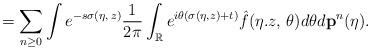
LaTeX: \begin{align*} = \sum_{n\geq 0 } \int e^{-s \sigma(\eta,\, z)} \frac{1}{2\pi} \int_\mathbb{R} e^{ i\theta( \sigma(\eta,z)+t)} \hat{f}(\eta.z,\, \theta) d\theta d\mathbf{p}^n (\eta).\end{align*}